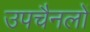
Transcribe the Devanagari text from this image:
उपचैनलों